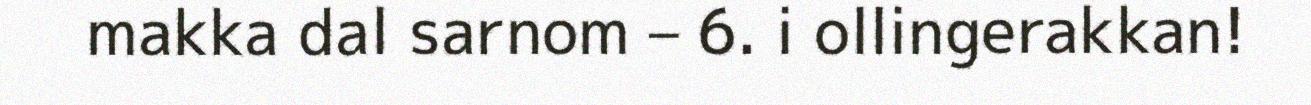
makka dal sarnom – 6. i ollingerakkan!